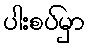
ပါးစပ်မှာ